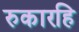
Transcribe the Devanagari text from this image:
रुकारहि